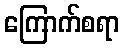
ကြောက်စရာ